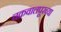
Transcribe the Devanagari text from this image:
चक्रवालपूरच्या